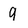
Character: 9